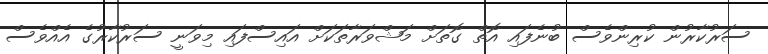
ސަރުކާރުން ކުރިންވެސް ބުނެފައި އޮތް ގޮތަށް މަޝްވަރާތަކަށް އައިސްފައި މިވަނީ ސަރުކާރުގެ އެއްވެސް